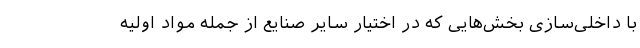
با داخلی‌سازی بخش‌هایی که در اختیار سایر صنایع از جمله مواد اولیه